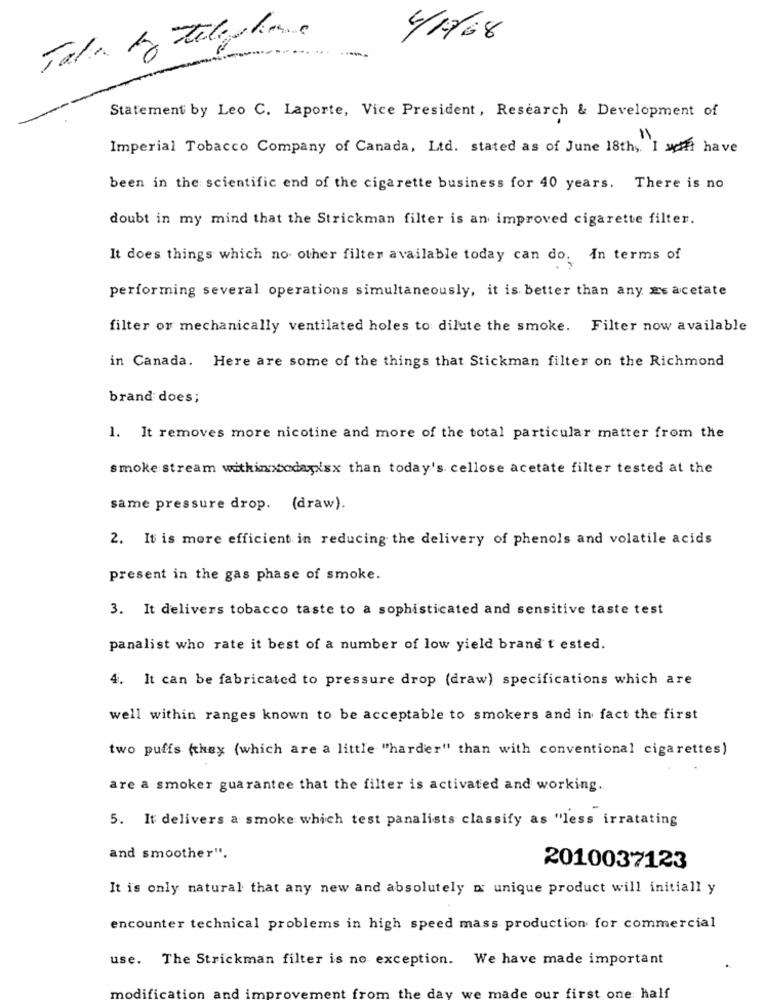
4/17/68
Statement by Leo C. Laporte, Vice President, Research & Development of
Imperial Tobacco Company of Canada, Ltd. stated as of June 18th ,. I semfi have
been in the scientific end of the cigarette business for 40 years. There is no
doubt in my mind that the Strickman filter is an improved cigarette filter.
It does things which no other filter available today can do. In terms of
performing several operations simultaneously, it is better than any as acetate
filter or mechanically ventilated holes to dilute the smoke. Filter now available
in Canada. Here are some of the things that Stickman filter on the Richmond
brand does;
1. It removes more nicotine and more of the total particular matter from the
smoke stream withinoxtoday'sx than today's cellose acetate filter tested at the
same pressure drop. (draw).
2. It is more efficient in reducing the delivery of phenols and volatile acids
present in the gas phase of smoke.
3. It delivers tobacco taste to a sophisticated and sensitive taste test
panalist who rate it best of a number of low yield brand t' ested.
4. It can be fabricated to pressure drop (draw) specifications which are
well within ranges known to be acceptable to smokers and in fact the first
two puffs (they (which are a little "harder" than with conventional cigarettes)
are a smoker guarantee that the filter is activated and working.
5. It delivers a smoke which test panalists classify as "less irratating
and smoother".
2010037123
It is only natural that any new and absolutely I unique product will initiall y
encounter technical problems in high speed mass production for commercial
use.
The Strickman filter is no exception. We have made important
mod
first one half